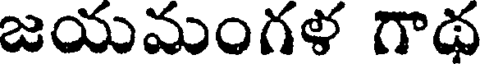
జయమంగళ గాథ